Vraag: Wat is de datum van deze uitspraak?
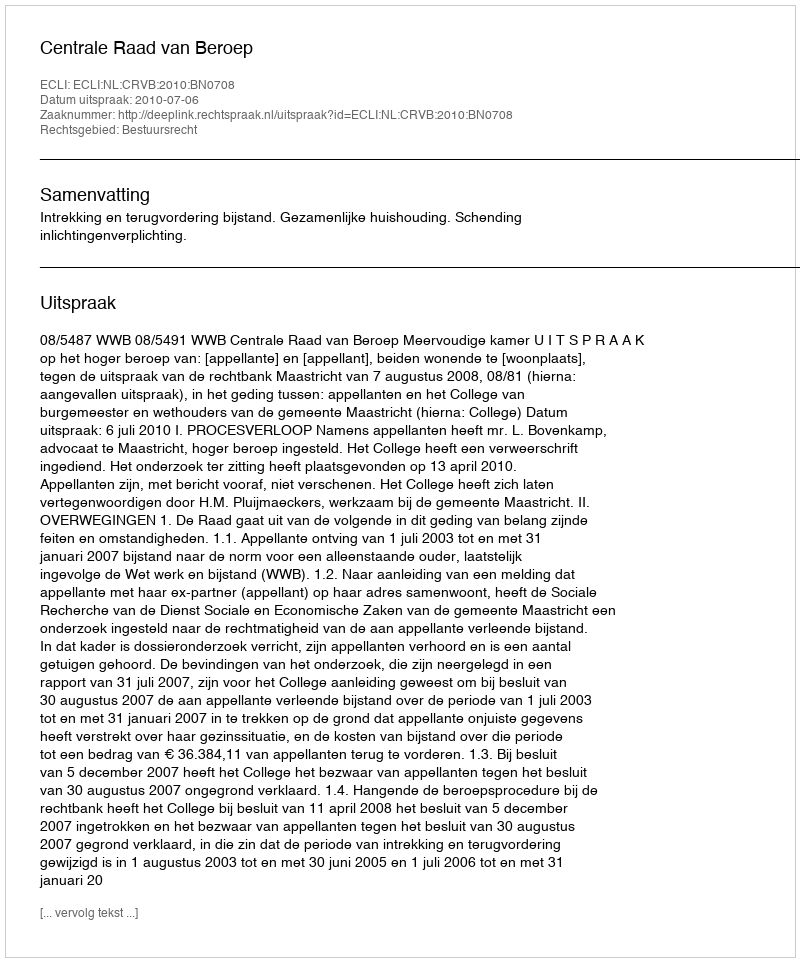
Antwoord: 2010-07-06